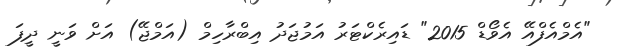
"އެމްއެފްއޭ އެވޯޑް 2015" ޑައިރެކްޓަރު އަމުޖަދު އިބްރާހިމް (އަމްޖޭ) އަށް ވަނީ ދީފަ